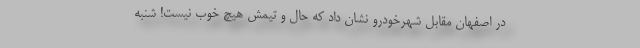
در اصفهان مقابل شهرخودرو نشان داد که حال و تیمش هیچ خوب نیست! شنبه